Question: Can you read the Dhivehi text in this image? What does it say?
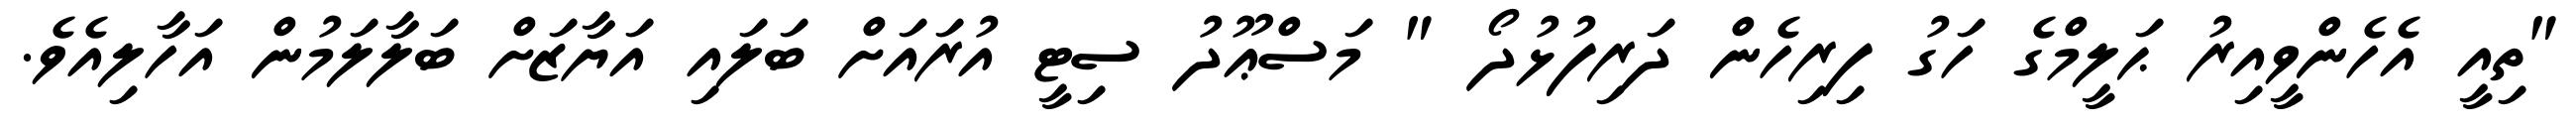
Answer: "ތިއީ އެހެންވީއިރު ޙަލީމްގެ ހަގު ފިރިހެން ދަރިފުޅުދޯ " މަސްޢޫދު ސިޓީ އުރައަށް ބަލައި އަޔާޒަށް ބަލާލަމުން އަހާލިއެވެ.